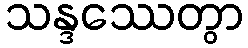
သန္ဒဿေတွာ